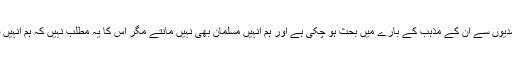
ہماری کئی احمدیوں سے ان کے مذہب کے بارے میں بحث ہو چکی ہے اور ہم انہیں مسلمان بھی نہیں مانتے مگر اس کا یہ مطلب نہیں کہ ہم انہیں قتل ہی کر دیں۔